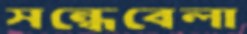
সন্ধেবেলা